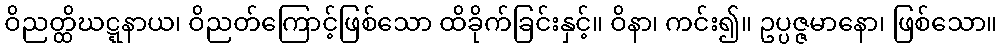
ဝိညတ္ထိဃဋ္ဋနာယ၊ ဝိညတ်ကြောင့်ဖြစ်သော ထိခိုက်ခြင်းနှင့်။ ဝိနာ၊ ကင်း၍။ ဥပ္ပဇ္ဇမာနော၊ ဖြစ်သော။